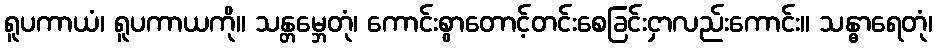
ရူပကာယံ၊ ရူပကာယကို။ သန္တမ္ဘေတုံ၊ ကောင်းစွာတောင့်တင်းစေခြင်းငှာလည်းကောင်း။ သန္ဓာရေတုံ၊